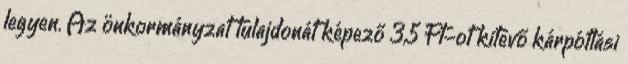
legyen. Az önkormányzat tulajdonát képező 3,5 Ft-ot kitevő kárpótlási